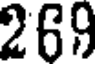
269